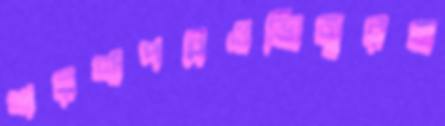
শরণাপন্নওভিাজ্বরজ